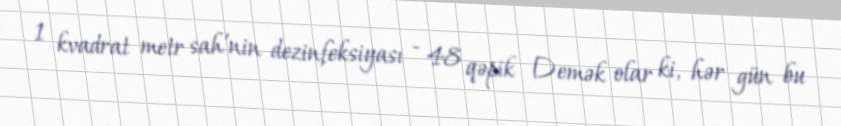
1 kvadrat metr sah’nin dezinfeksiyası - 48 qəpik Demək olar ki, hər gün bu